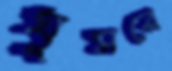
ঘুমরে